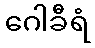
ဂေါခီရံ